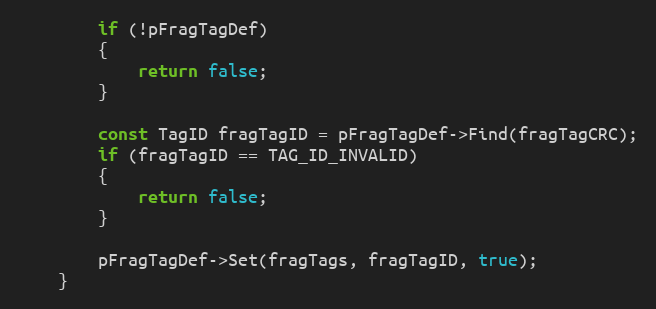
Language: C++
		if (!pFragTagDef)
		{
			return false;
		}

		const TagID fragTagID = pFragTagDef->Find(fragTagCRC);
		if (fragTagID == TAG_ID_INVALID)
		{
			return false;
		}

		pFragTagDef->Set(fragTags, fragTagID, true);
	}